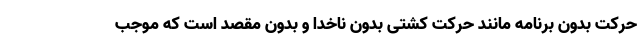
حرکت بدون برنامه مانند حرکت کشتی بدون ناخدا و بدون مقصد است که موجب